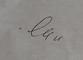
Signature authenticity: genuine